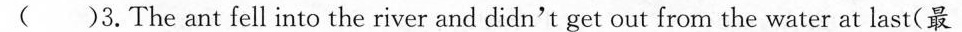
( )3.The ant fell into the river and didn't get out from the water at last(最